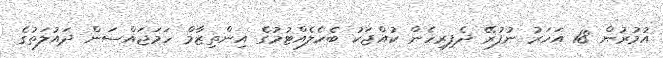
އުމުރުން 18 އަހަރު ނުފުރޭ ދެފިރިހެން ކުއްޖަކު ބެހެލެއްޓުމުގެ އިންތިޒާމް ހަމަޖައްސަން ދައުލަތުގެ